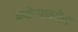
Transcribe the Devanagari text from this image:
मनोऱ्यावरील